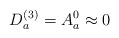
\begin{align*}D_{a}^{(3)} = A_{a}^{0} \approx 0\end{align*}